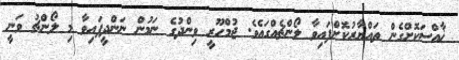
ޚާއްސަކޮށްގެން ތައްޔާރުކޮށްފައިވާ ލޯންޗެއްގައެވެ. ޖުމްހޫރީ ވިންދުގެ ނަމުން ނަންދީފައިވާ މި ލޯންޗު ވަނީ